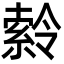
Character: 𪟹